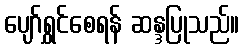
ပျော်ရွှင်စေရန် ဆန္ဒပြုသည်။